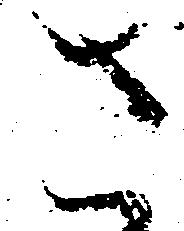
さ